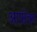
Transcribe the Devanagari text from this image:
आफ्ऱेक्ट